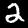
Digit: 2